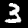
Label: 3